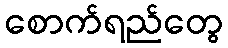
စောက်ရည်တွေ